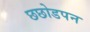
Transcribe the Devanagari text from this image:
छछोडपन